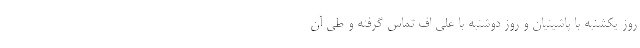
روز یکشنبه با پاشینیان و روز دوشنبه با علی اف تماس گرفته و طی آن